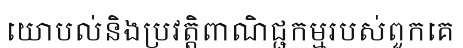
យោបល់និងប្រវត្តិពាណិជ្ជកម្មរបស់ពួកគេ